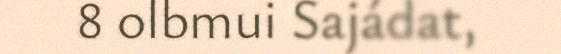
8 olbmui Sajádat,